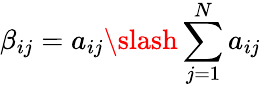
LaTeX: \beta_{ij}=a_{ij}\slash\sum_{j=1}^{N}a_{ij}